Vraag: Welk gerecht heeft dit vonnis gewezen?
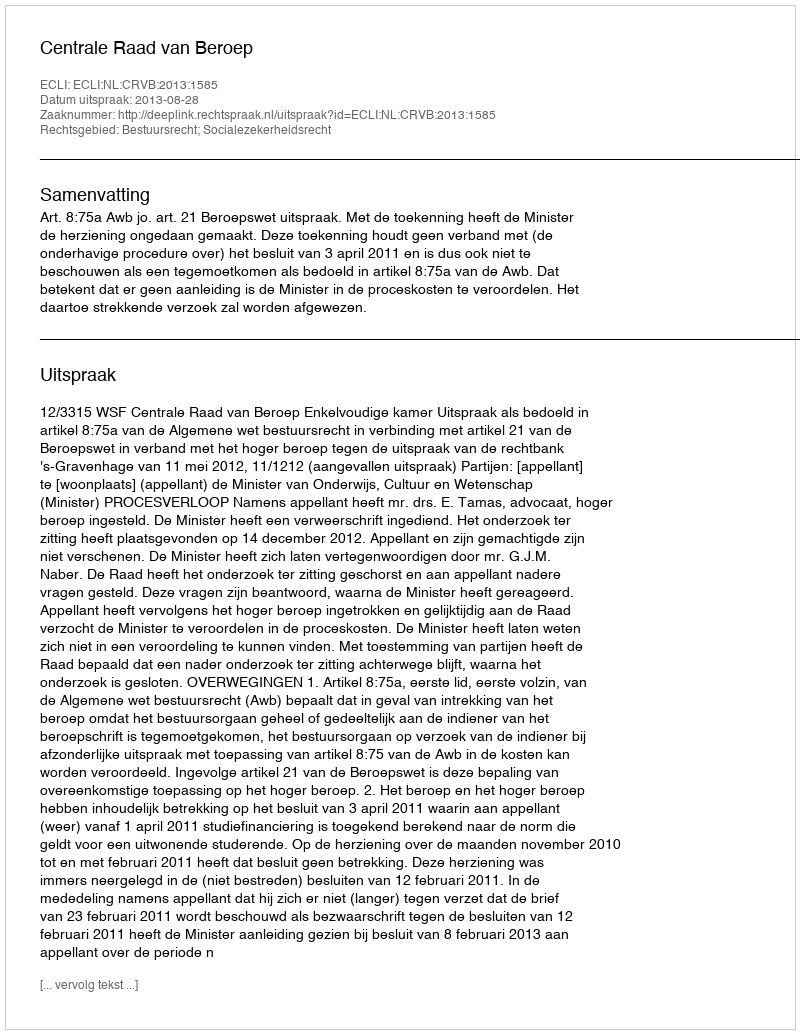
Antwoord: Centrale Raad van Beroep